Indian journal of veterinary science and animal husbandry - Volume 2,
Year: 1932
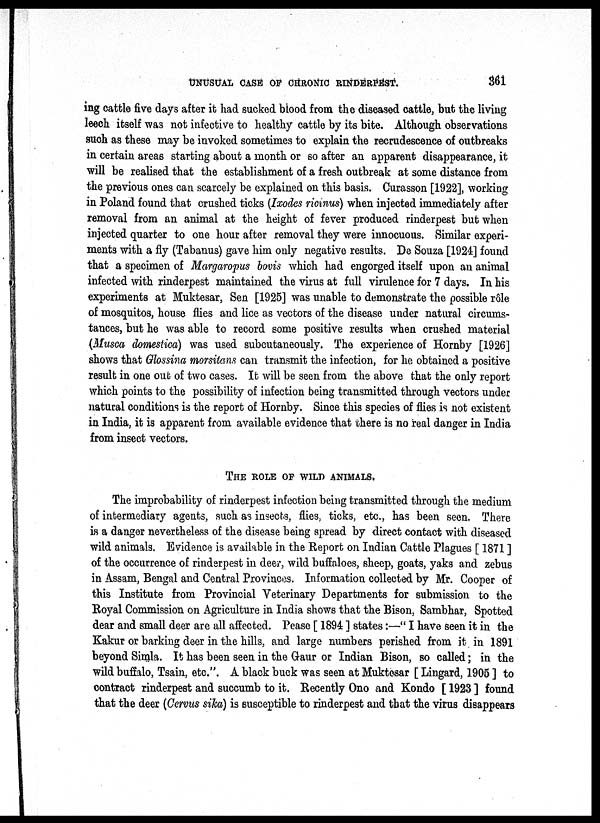
UNUSUAL CASE OF CHRONIC RINDERPEST.
361
ing cattle five days after it had sucked blood from the diseased cattle, but the living
leech itself was not infective to healthy cattle by its bite. Although observations
such as these may be invoked sometimes to explain the recrudescence of outbreaks
in certain areas starting about a month or so after an apparent disappearance, it
will be realised that the establishment of a fresh outbreak at some distance from
the previous ones can scarcely be explained on this basis. Curasson [1922], working
in Poland found that crushed ticks (Ixodes ricinus) when injected immediately after
removal from an animal at the height of fever produced rinderpest but when
injected quarter to one hour after removal they were innocuous. Similar experi-
ments with a fly (Tabanus) gave him only negative results. De Souza [1924] found
that a specimen of Margaropus bovis which had engorged itself upon an animal
infected with rinderpest maintained the virus at full virulence for 7 days. In his
experiments at Muktesar, Sen [1925] was unable to demonstrate the possible rôle
of mosquitos, house flies and lice as vectors of the disease under natural circums-
tances, but he was able to record some positive results when crushed material
(Musca domestica) was used subcutaneously. The experience of Hornby [1926]
shows that Glossina morsitans can transmit the infection, for he obtained a positive
result in one out of two cases. It will be seen from the above that the only report
which points to the possibility of infection being transmitted through vectors under
natural conditions is the report of Hornby. Since this species of flies is not existent
in India, it is apparent from available evidence that there is no real danger in India
from insect vectors.
THE ROLE OF WILD ANIMALS.
The improbability of rinderpest infection being transmitted through the medium
of intermediary agents, such as insects, flies, ticks, etc., has been seen. There
is a danger nevertheless of the disease being spread by direct contact with diseased
wild animals. Evidence is available in the Report on Indian Cattle Plagues [ 1871 ]
of the occurrence of rinderpest in deer, wild buffaloes, sheep, goats, yaks and zebus
in Assam, Bengal and Central Provinces. Information collected by Mr. Cooper of
this Institute from Provincial Veterinary Departments for submission to the
Royal Commission on Agriculture in India shows that the Bison, Sambhar, Spotted
dear and small deer are all affected. Pease [ 1894 ] states:—" I have seen it in the
Kakur or barking deer in the hills, and large numbers perished from it in 1891
beyond Simla. It has been seen in the Gaur or Indian Bison, so called; in the
wild buffalo, Tsain, etc.". A black buck was seen at Muktesar [ Lingard, 1905 ] to
contract rinderpest and succumb to it. Recently Ono and Kondo [ 1923 ] found
that the deer (Cervus sika) is susceptible to rinderpest and that the virus disappears